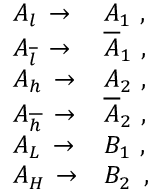
\begin{array} { l l } { { A _ { l } \, \rightarrow } } & { { A _ { 1 } \, \, , } } \\ { { A _ { \overline { { { l } } } } \, \rightarrow } } & { { \overline { { { A } } } _ { 1 } \, \, , } } \\ { { A _ { h } \, \rightarrow } } & { { A _ { 2 } \, \, , } } \\ { { A _ { \overline { { { h } } } } \, \rightarrow } } & { { \overline { { { A } } } _ { 2 } \, \, , } } \\ { { A _ { L } \, \rightarrow } } & { { B _ { 1 } \, \, , } } \\ { { A _ { H } \, \rightarrow } } & { { B _ { 2 } \, \, \, , } } \end{array}